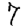
Digit: 7